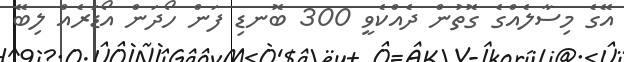
އޭގެ މިސާލެއްގެ ގޮތުން ދެއްކެވީ 300 ބޮނޑި ފަން ހޯދަން އޯޑަރެއް ލިބޭ